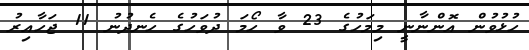
ހުޅުވުން އޮންނާނީ މިމަހުގެ 23 ވާ ހޯމަ ދުވަހުގެ ހެނދުނު 11 ޖަހާއިރު